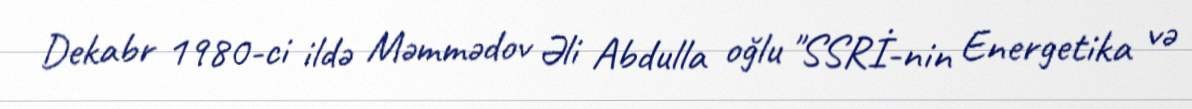
Dekabr 1980-ci ildə Məmmədov Əli Abdulla oğlu "SSRİ-nin Energetika və